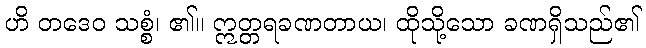
ဟိ တဒေဝ သစ္စံ၊ ၏။ ဣတ္တရခဏတာယ၊ ထိုသို့သော ခဏရှိသည်၏